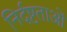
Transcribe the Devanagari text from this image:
निर्दष्टताओं